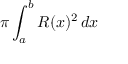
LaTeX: \pi \int _ { a } ^ { b } R ( x ) ^ { 2 } \, d x